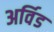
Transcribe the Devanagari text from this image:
अर्विड